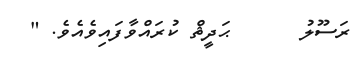
ރަސޫލު      ޙަދީޘް ކުރައްވާފައިވެއެވެ. "